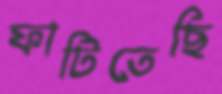
ফাটিতেছি